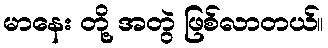
မာနေး တို့ အတွဲ ဖြစ်လာတယ်။